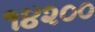
૧૪૨૦૦